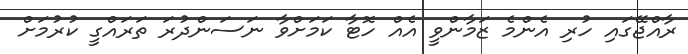
ރާއްޖޭގައި ހުރި އެންމެ ޒަމާންވީ އެއް ހޮޓާ ކަމަށްވާ ނަސަންދުރަ ތަރައްގީ ކުރުމަށް